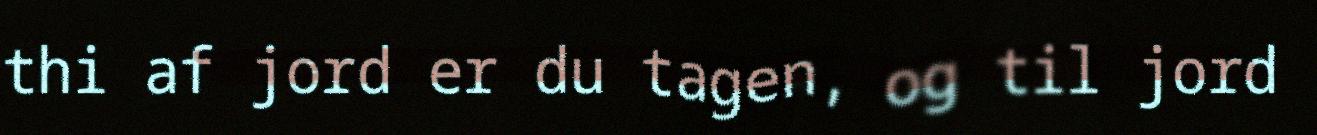
thi af jord er du tagen, og til jord